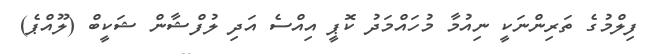
ފިލްމުގެ ތަރިންނަކީ ނިއުމާ މުހައްމަދު ކޮޕީ އިއްސެ އަދި ލުފްޝާން ޝަކީބް (ލޫއްޕެ)